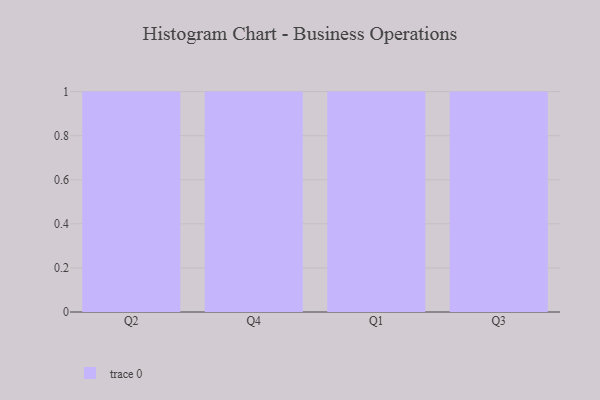
{"axis": {"x": "Quarter", "y": "Headcount"}, "legend": [""], "data": [{"x": "Q2", "y": 60, "type": ""}, {"x": "Q4", "y": 84, "type": ""}, {"x": "Q1", "y": 97, "type": ""}, {"x": "Q3", "y": 18, "type": ""}]}